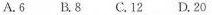
A.6 B.8 C.12 D.20